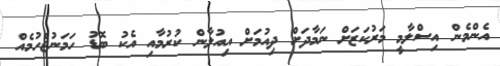
އެންމެން އިސްލާމީ މަރުކަޒަށް ނަމާދަށް ދިއުމަށް އިއުލާން ކުރުމާއި އެކު ބޮޑު ހަމަނުޖެހުމެއް